Calcutta medical institutions reports 1879-81 [i.e.91]
Year: 1879
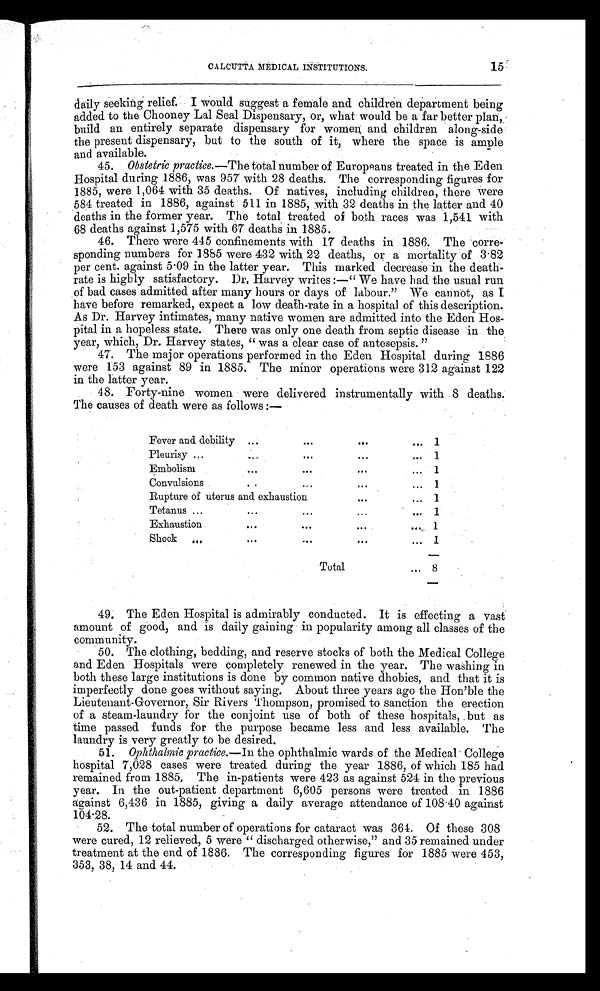
CALCUTTA MEDICAL INSTITUTIONS.
15
daily seeking. relief. I would suggest a female and children department being
added to the Chooney Lal Seal Dispensary, or, what would be a far better plan,
build an entirely separate dispensary for women and children along-side
the present dispensary, but to the south of it, where the space is ample
and available.
45.
Obstetric practice.— The total number of Europeans treated in the Eden
Hospital during 1886, was 957 with 28 deaths. The corresponding figures for
1885, were 1,064 with 35 deaths. Of natives, including children, there were
584 treated in 1886, against 511 in 1885, with 32 deaths in the latter and 40
deaths in the former year. The total treated of both races was 1,541 with
68 deaths against 1,575 with 67 deaths in 1885.
46. There were 445 confinements with 17 deaths in 1886. The corre-
sponding numbers for 1885 were 432 with 22 deaths, or a mortality of 3.82
per cent. against 5.09 in the latter year. This marked decrease in the death-
rate is highly satisfactory. Dr. Harvey writes :—" We have had the usual run
of bad cases admitted after many hours or days of labour." We cannot, as I
have before remarked, expect a low death-rate in a hospital of this description.
As Dr. Harvey intimates, many native women are admitted into the Eden Hos-
pital in a hopeless state. There was only one death from septic disease in the
year, which, Dr. Harvey states, " was a clear case of antesepsis. "
47. The major operations performed in the Eden Hospital during 1886
were 153 against 89 in 1885. The minor operations were 312 against 122
in the latter year.
48. Forty-nine women were delivered instrumentally with 8 deaths.
The causes of death were as follows :—
Fever and debility
...
...
...
. . .
1
Pleurisy ...
.....
...
...
. . .
1
Embolism
...
...
...
. . .
1
C o n v u l s i o n s . . . . . . .
. . .
1
Rupture of uterus and exhaustion
...
. . .
1
Tetanus ...
...
...
...
. . . 1
Exhaustion
...
...
...
. . .
1
Shock
..
...
...
...
. . .
1
Total
. . . 8
49. The Eden Hospital is admirably conducted. It is effecting a vast
amount of good, and is daily gaining in popularity among all classes of the
community.
50. The clothing, bedding, and reserve stocks of both the Medical College
and Eden Hospitals were completely renewed in the year. The washing in
both these large institutions is done by common native dhobies, and that it is
imperfectly done goes without saying. About three years ago the Hon’ble the
Lieutenant-Governor, Sir Rivers Thompson, promised to sanction the erection
of a steam-laundry for the conjoint use of both of these hospitals, but as
time passed funds for the purpose became less and less available. The
laundry is very greatly to be desired.
51. Ophthalmic practice.— In the ophthalmic wards of the Medical College
hospital 7,028 cases were treated during the year 1886, of which 185 had
remained from 1885, The in-patients were 423 as against 524 in the previous
year. In the out-patient department 6,605 persons were treated in 1886
against 6,436 in 1885, giving a daily average attendance of 108.40 against
104.28.
52. The total number of operations for cataract was 364. Of these 308
were cured, 12 relieved, 5 were " discharged otherwise," and 35 remained under
treatment at the end of 1886. The corresponding figures for 1885 were 453,
353, 38, 14 and 44.